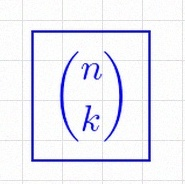
\binom{n}{k}